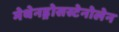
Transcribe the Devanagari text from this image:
मेथेनड्रोसस्टेनोलेन